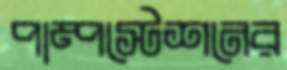
পাম্পস্টেশনের